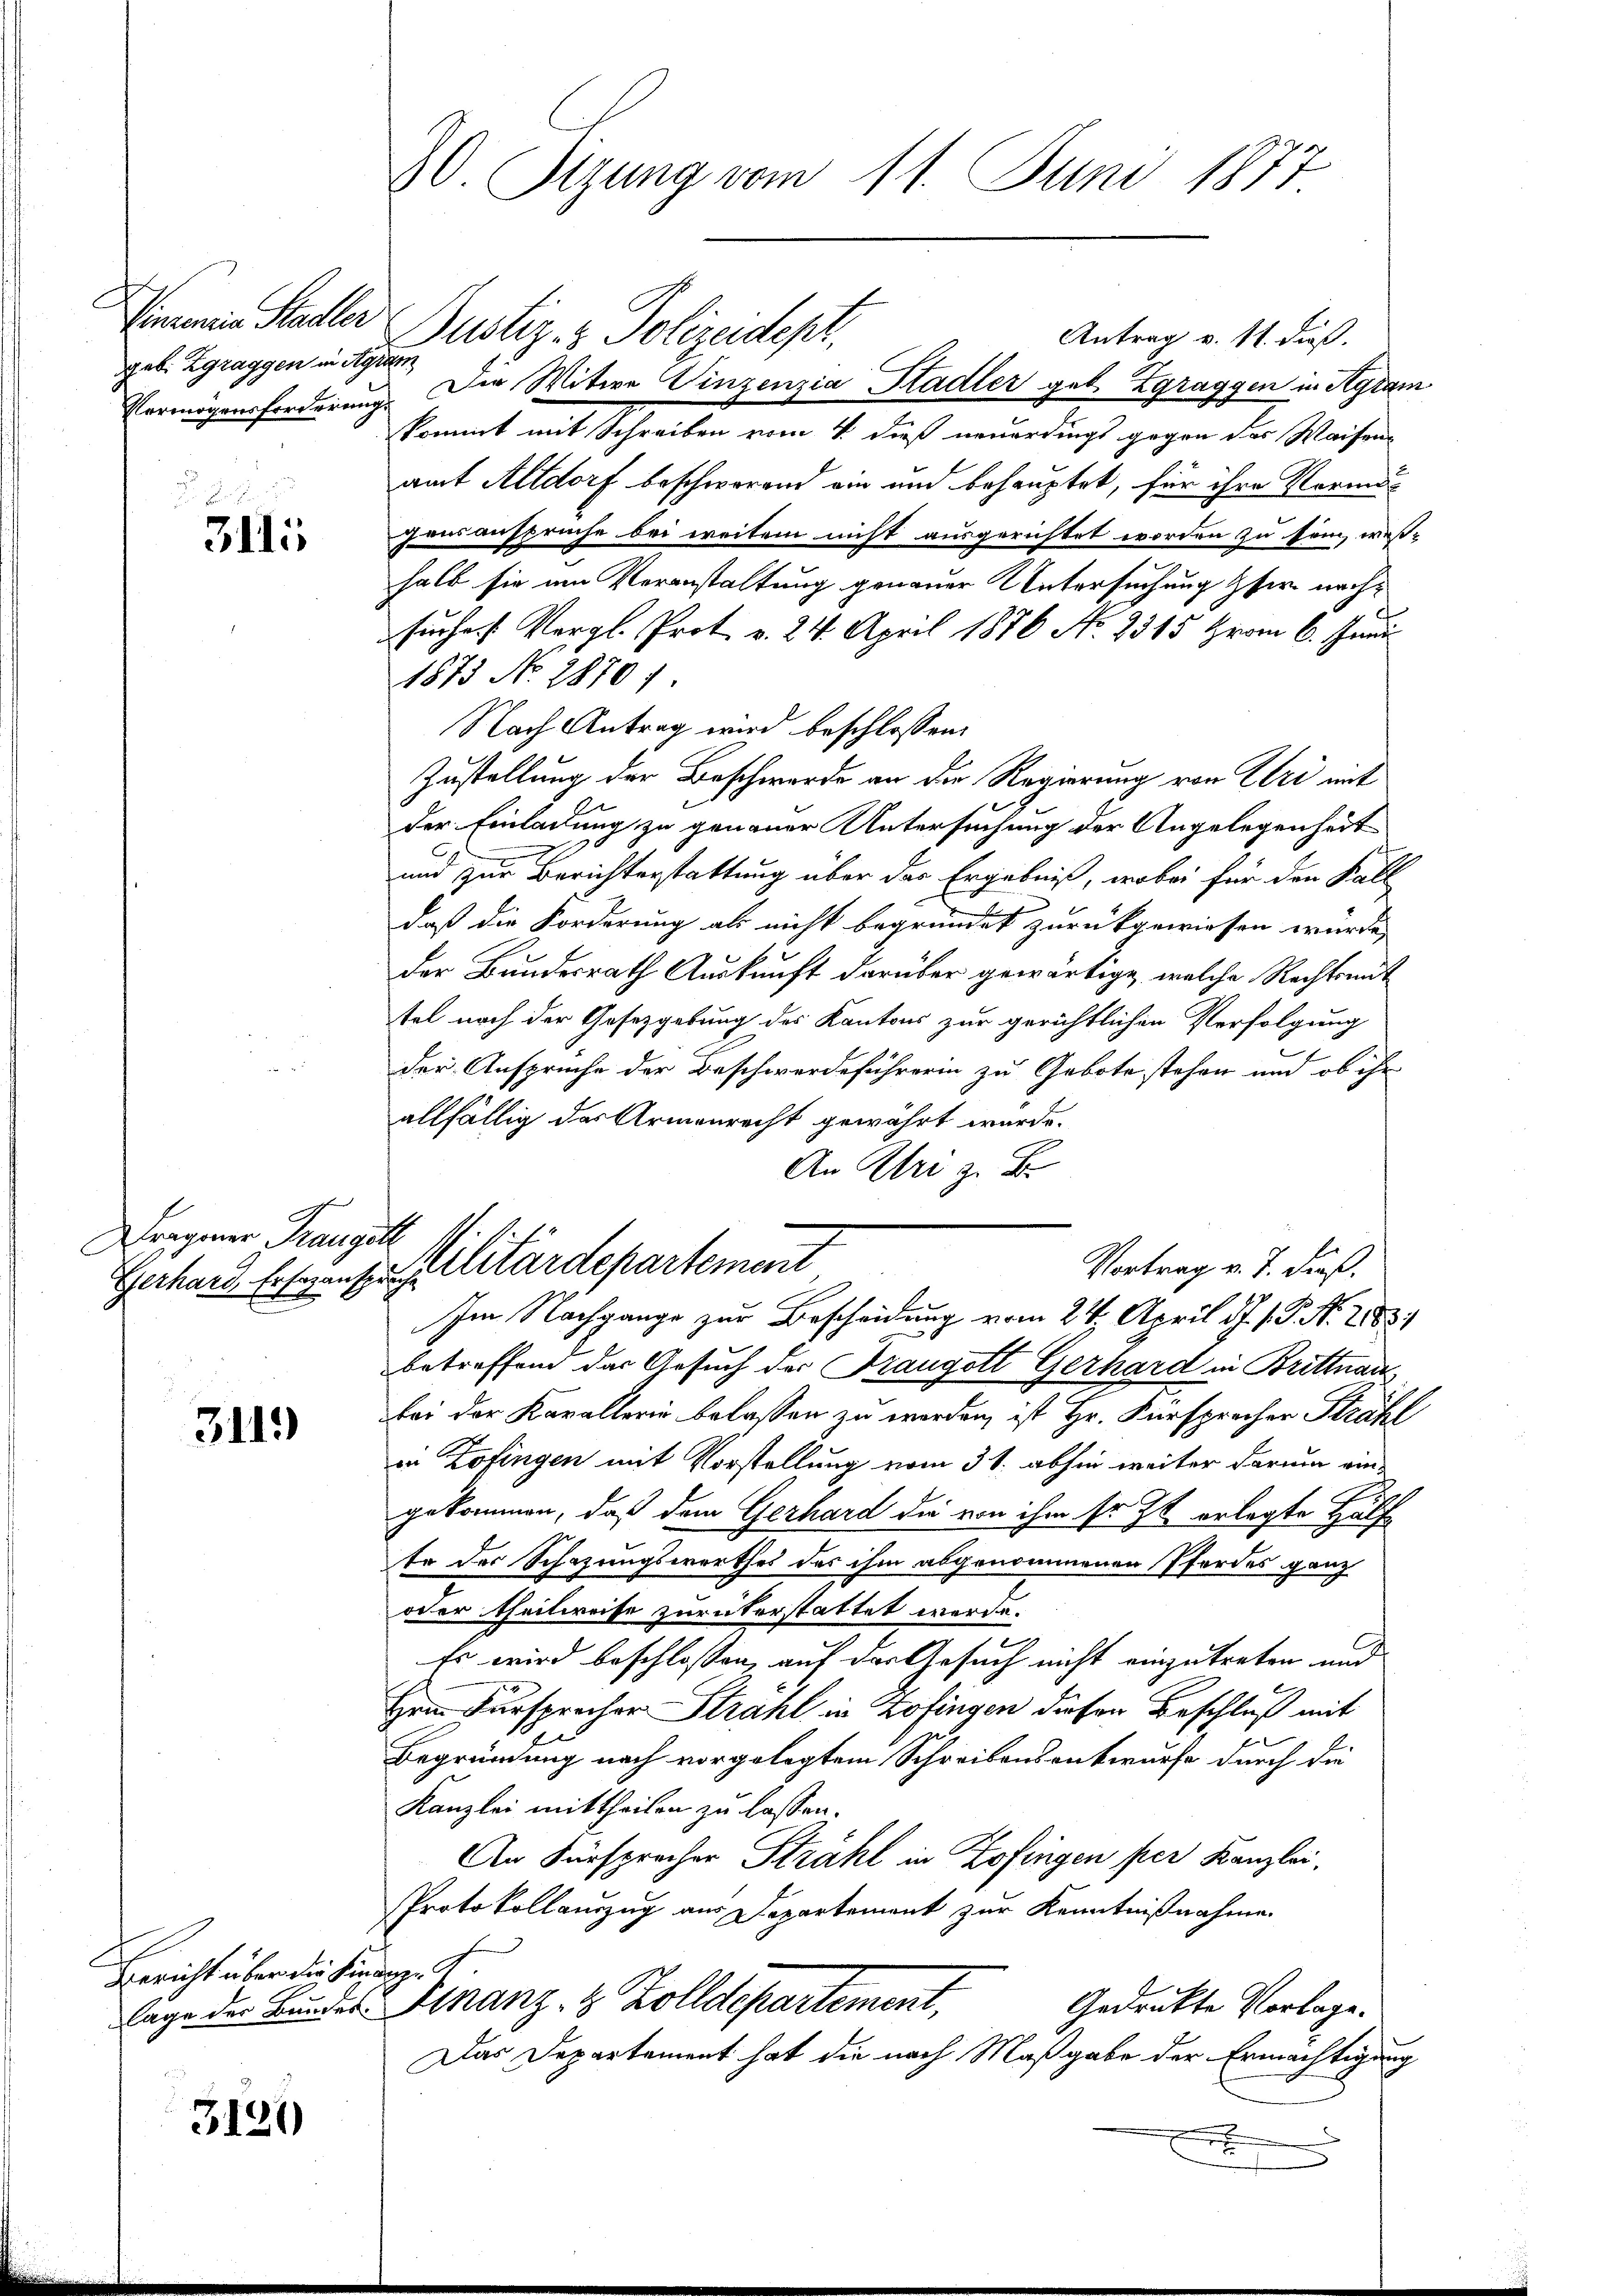
geb. Zgraggen in Agram

31111

Fragener Franz

3119

Gericht über die he

3120

20. Sizung vom 11. Juni 1877

Sinnen Stadler Justiz- & Polizeidept.
Antrag v. 11. dieß.
Vermögensforderung. Die Witwe Vinzenzia Stadler geb. Zgraggen in Agram
kommt mit Schreiben vom 4. dieß neuerdings gegen der Waisen-
amt Altdorf beschworend ein und behauptet, für ihre Vermut
gausansprüche bei ereiten nicht ausgerichtet worden zu sein, wes-
halb sie am Veranstaltung genauer Untersuchung hier nachsuches Vergl. Prot. v. 24. April 1876 No. 2315 Hrom 6. Juni
1873 No 2870)
Nach Antrag wird beschlossen
Zustellung der Beschwerde an die Regierung von Uri mit
der Einladung zu genauer Untersuchung der Angelegenheit
und zur Berichterstattung über das Ergebniß, wobei für den Fall
daß die Forderung als nicht begründet zurückgewiesen würde,
der Bundesrath Auskunft darüber gewärtige, welche Rechtsmit
tel nach der Gesetzgebung des Kantons zur gerichtlichen Verfolgung
0
f
der Ansprüche der Beschwerdeführerin zu Gebote stehen und ob ihr
allfällig das Armenrecht gewährt wurde.
An Uri z. B.
ach
Vortrag v. J. dieß.
Gerhard Ersezenstallitärdepartement
Im Nachgange zur Bescheidung vom 21. April d. J. P. N. 283.
betreffend das Gesuch der Fraungott Gerhard in Brittnau
bei der Kavallerin belassen zu worden, ist Hr. Fürsprecher Strahl
in Zofingen mit Vorstellung vom 31. abhin weiter darum ein-
gekommen, daß dem Gerhard die von ihm so ist erlegte Hälfte der Schazungswerthes des ihm abgenommenen Pfordes ganz
oder theilweise zurükerstattet werde.
s
Es wird beschlossen, auf das Gesuch nicht einzutreten und
Herrn Fürsprecher Strahl in Zofingen diesen Beschluß mit
Begründung nach vorgelegtem Schreibensentwurfe durch die
Kanzlei mittheilen zu lassen.
An Fürsprecher Strahl in Zofingen per Kanzlei,
Protokollauszug aus Departement zur Kenntnißnahme.
ichen
lage der Bundes Kranz- & Zolldepartement,
Gedrückte Vorlage.
Das Departement hat die nach Maßgabe der Ermächtigung